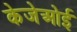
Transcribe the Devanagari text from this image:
केजेओई